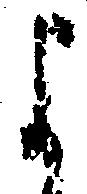
よ